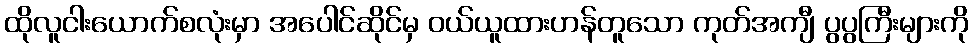
ထိုလူငါးယောက်စလုံးမှာ အပေါင်ဆိုင်မှ ဝယ်ယူထားဟန်တူသော ကုတ်အကျီ ပွပွကြီးများကို